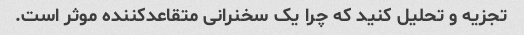
تجزیه و تحلیل کنید که چرا یک سخنرانی متقاعدکننده موثر است.